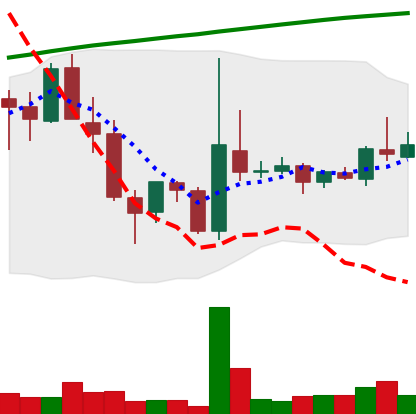
Ticker: TRX-USD
Chart end date: 2018-04-14
Forward return: 23.446%
Label: up_7plus